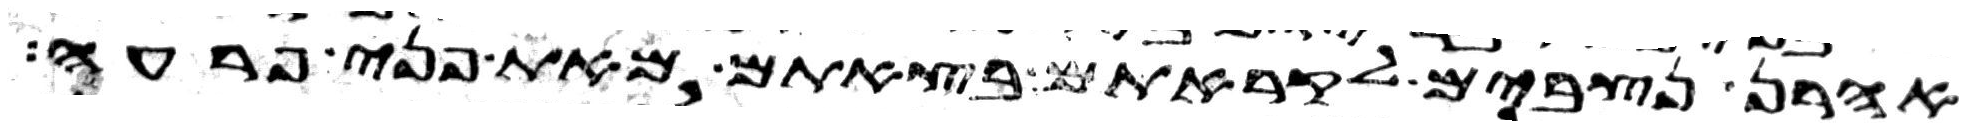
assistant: אהרן נצבים לקראתם בצאתם מאת פני פרעה